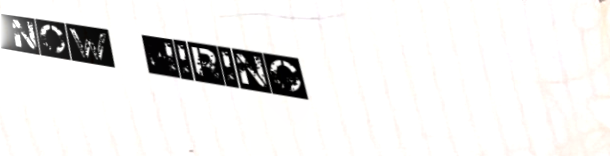
Now Hiring